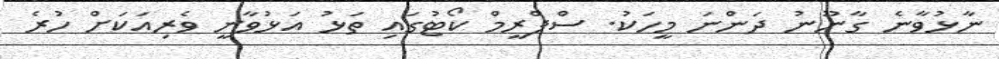
ނާޅުވާނެ ގާނޫނު ދަންނަ މީހަކު. ސްޕްރީމް ކޯޓުގައި ތަޅު އަޅުވާނީ ވެރިއަކަށް ހުރެ